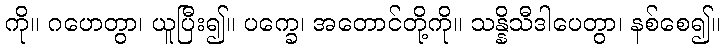
ကို။ ဂဟေတွာ၊ ယူပြီး၍။ ပက္ခေ၊ အတောင်တို့ကို။ သန္နိသီဒါပေတွာ၊ နစ်စေ၍။